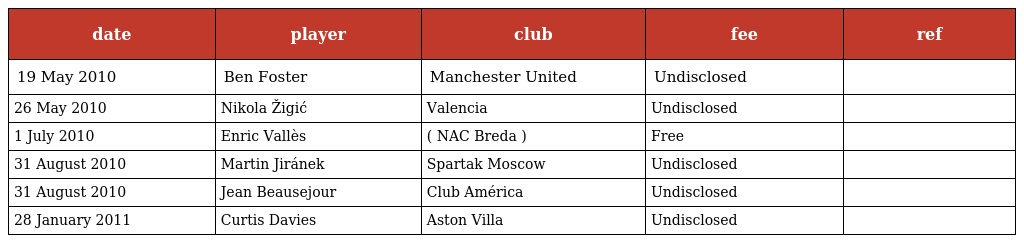
| date | player | club | fee | ref |
 | --- | --- | --- | --- | --- |
 | 19 May 2010 | Ben Foster | Manchester United | Undisclosed |  |
 | 26 May 2010 | Nikola Žigić | Valencia | Undisclosed |  |
 | 1 July 2010 | Enric Vallès | ( NAC Breda ) | Free |  |
 | 31 August 2010 | Martin Jiránek | Spartak Moscow | Undisclosed |  |
 | 31 August 2010 | Jean Beausejour | Club América | Undisclosed |  |
 | 28 January 2011 | Curtis Davies | Aston Villa | Undisclosed |  |